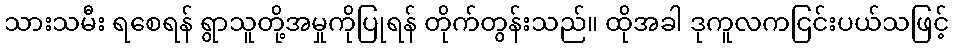
သားသမီး ရစေရန် ရွာသူတို့အမှုကိုပြုရန် တိုက်တွန်းသည်။ ထိုအခါ ဒုကူလကငြင်းပယ်သဖြင့်